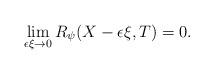
LaTeX: \begin{align*}\lim_{\epsilon\xi \rightarrow 0}R_{\psi}(X-\epsilon\xi,T) = 0.\end{align*}